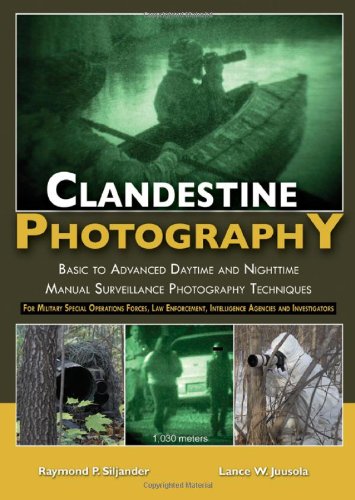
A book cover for Clandestine Photography: Basic to Advanced Daytime and Nighttime Manual Surveillance Photography Techniques: for Military Special Operations Forces, ... Intelligence Agencies and Investigators; Raymond P. Siljander; Law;